Sanitation, dispensaries and jails vaccination Rajputana 1922-1927 - 1922-1927
Year: 1922
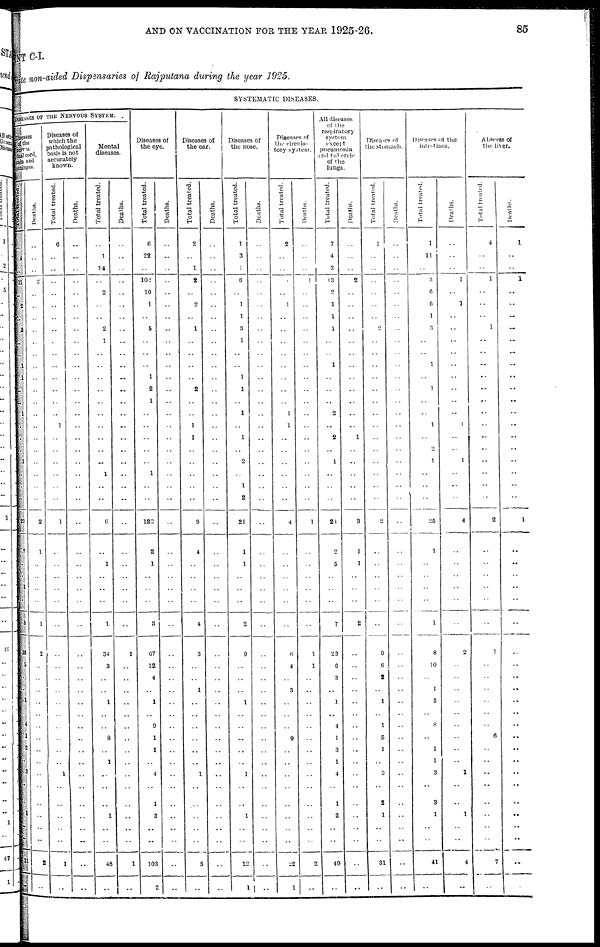
AND ON VACCINATION FOR THE YEAR 1925-26.
85
MENT C-I.
Private
non-aided Dispensaries of Rajputana during the year 1925.
SYSTEMATIC DISEASES.
DISEASES OF THE NERVOUS SYSTEM.
Diseases
of the
nerves
spinal cord,
brain and
meninges.
Total treated.
..
4
..
11
..
2
..
3
..
..
1
1
..
..
1
..
..
..
1
..
..
..
20
7
..
1
..
8
16
8
..
..
1
..
4
1
2
..
3
..
..
1
..
..
31
..
Deaths.
..
..
..
2
..
..
..
..
..
..
..
..
..
..
..
..
..
..
..
..
..
..
2
1
..
..
..
1
2 ..
..
..
..
..
..
..
..
..
..
..
..
..
..
..
2
..
Diseases of
which the
pathological
basis is not
accurately
known.
Total treated.
6
..
..
..
..
..
..
..
..
..
..
..
..
..
..
1
..
..
..
..
..
..
1
..
..
..
..
..
..
..
..
..
..
..
..
..
..
..
1
..
..
..
..
..
1
..
Deaths.
..
..
..
..
..
..
..
..
..
..
..
..
..
..
..
..
..
..
..
..
..
..
..
..
..
..
..
..
..
..
..
..
..
..
..
..
..
..
..
..
..
..
..
..
..
..
Mental
diseases.
Total treated.
..
1
14
..
2
..
..
2
1
..
..
..
..
..
..
..
..
..
..
1
..
..
6
..
1
..
..
1
34
3
..
..
1
..
..
8
..
1
..
..
..
1
..
..
48
..
Deaths.
..
..
..
..
..
..
..
..
..
..
..
..
..
..
..
..
..
..
..
..
..
..
..
..
..
..
..
..
1
..
..
..
..
..
..
..
..
..
..
..
..
..
..
..
1
..
Diseases of
the eye.
Total treated.
6
22
..
102
10
1
..
5
..
..
..
1
2
1
..
..
..
..
..
1
..
..
123
2
1
..
..
3
67
12
4
..
1
..
9
1
1
..
4
..
1
3
..
..
103
2
Deaths.
..
..
..
..
..
..
..
..
..
..
..
..
..
..
..
..
..
..
..
..
..
..
..
..
..
..
..
..
..
..
..
..
..
..
..
..
..
..
..
..
..
..
..
..
..
..
Diseases of
the ear.
Total treated.
2
..
1
2
..
2
..
1
..
..
..
..
2
..
..
1
1
..
..
..
..
..
9
4
..
..
..
4
3
..
..
1
..
..
..
..
..
..
1
..
..
..
..
..
5
..
Deaths.
..
..
..
..
..
..
..
..
..
..
..
..
..
..
..
..
..
..
..
..
..
..
..
..
..
..
..
..
..
..
..
..
..
..
..
..
..
..
..
..
..
..
..
..
..
..
Diseases of
the nose.
Total treated.
1
3
1
6
..
1
1
3
1
..
..
1
1
..
1
..
1
..
2
..
1
2
21
1
1
..
..
2
9
..
..
..
1
..
..
..
..
..
1
..
..
1
..
..
12
1
Deaths.
..
..
..
..
..
..
..
..
..
..
..
..
..
..
..
..
..
..
..
..
..
..
..
..
..
..
..
..
..
..
..
..
..
..
..
..
..
..
..
..
..
..
..
..
..
..
Diseases of
the circula-
tory system.
Total treated.
2
..
..
1
..
1
..
..
..
..
..
..
..
..
1
1
..
..
..
..
..
..
4
..
..
..
..
..
6
4
..
3
..
..
..
9
..
..
..
..
..
..
..
..
22
1
Deaths.
..
..
..
1
..
..
..
..
..
..
..
..
..
..
..
..
..
..
..
..
..
..
1
..
..
..
..
..
1
1
..
..
..
..
..
..
..
..
..
..
..
..
..
..
2
..
All diseases
of the
respiratory
system
except
pneumonia
and tubercle
of the
lungs.
Total treated.
7
4
3
13
2
1
1
1
..
..
1
..
..
..
2
..
2
..
1
..
..
..
24
2
5
..
..
7
23
6
3
..
1
..
4
1
3
1
4
..
1
2
..
..
49
..
Deaths.
..
..
..
2
..
..
..
..
..
..
..
..
..
..
..
..
1
..
..
..
..
..
3
1
1
..
..
2
..
..
..
..
..
..
..
..
..
..
..
..
..
..
..
..
..
..
Diseases of
the stomach.
Total treated.
1
..
..
..
..
..
..
2
..
..
..
..
..
..
..
..
..
..
..
..
..
..
2
..
..
..
..
..
9
6
2
..
1
..
1
5
1
..
3
..
2
1
..
..
31
..
Deaths.
..
..
..
..
..
..
..
..
..
..
..
..
..
..
..
..
..
..
..
..
..
..
..
..
..
..
..
..
..
..
..
..
..
..
..
..
..
..
..
..
..
..
..
..
..
..
Diseases of the
intestines.
Total treated.
1
11
..
3
6
6
1
3
..
..
1
..
1
..
..
1
..
2
1
..
..
..
25
1
..
..
..
1
8
10
..
1
5
..
8
..
1
1
3
..
3
1
..
..
41
..
Deaths.
..
..
..
1
..
1
..
..
..
..
..
..
..
..
..
1
..
..
1
..
..
..
4
..
..
..
..
..
2
..
..
..
..
..
..
..
..
..
1
..
..
1
..
..
4
..
Abscess of
the liver.
Total treated.
4
..
..
1
..
..
..
1
..
..
..
..
..
..
..
..
..
..
..
..
..
..
2
..
..
..
..
..
1
..
..
..
..
..
..
6
..
..
..
..
..
..
..
..
7
..
Deaths.
1
..
..
1
..
..
..
..
..
..
..
..
..
..
..
..
..
..
..
..
..
..
1
..
..
..
..
..
..
..
..
..
..
..
..
..
..
..
..
..
..
..
..
..
..
..